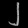
Digit: ၂